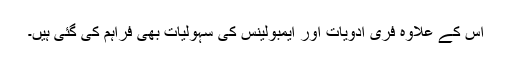
اس کے علاوہ فری ادویات اور ایمبولینس کی سہولیات بھی فراہم کی گئی ہیں۔